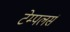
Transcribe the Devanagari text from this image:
टेम्पलर्स